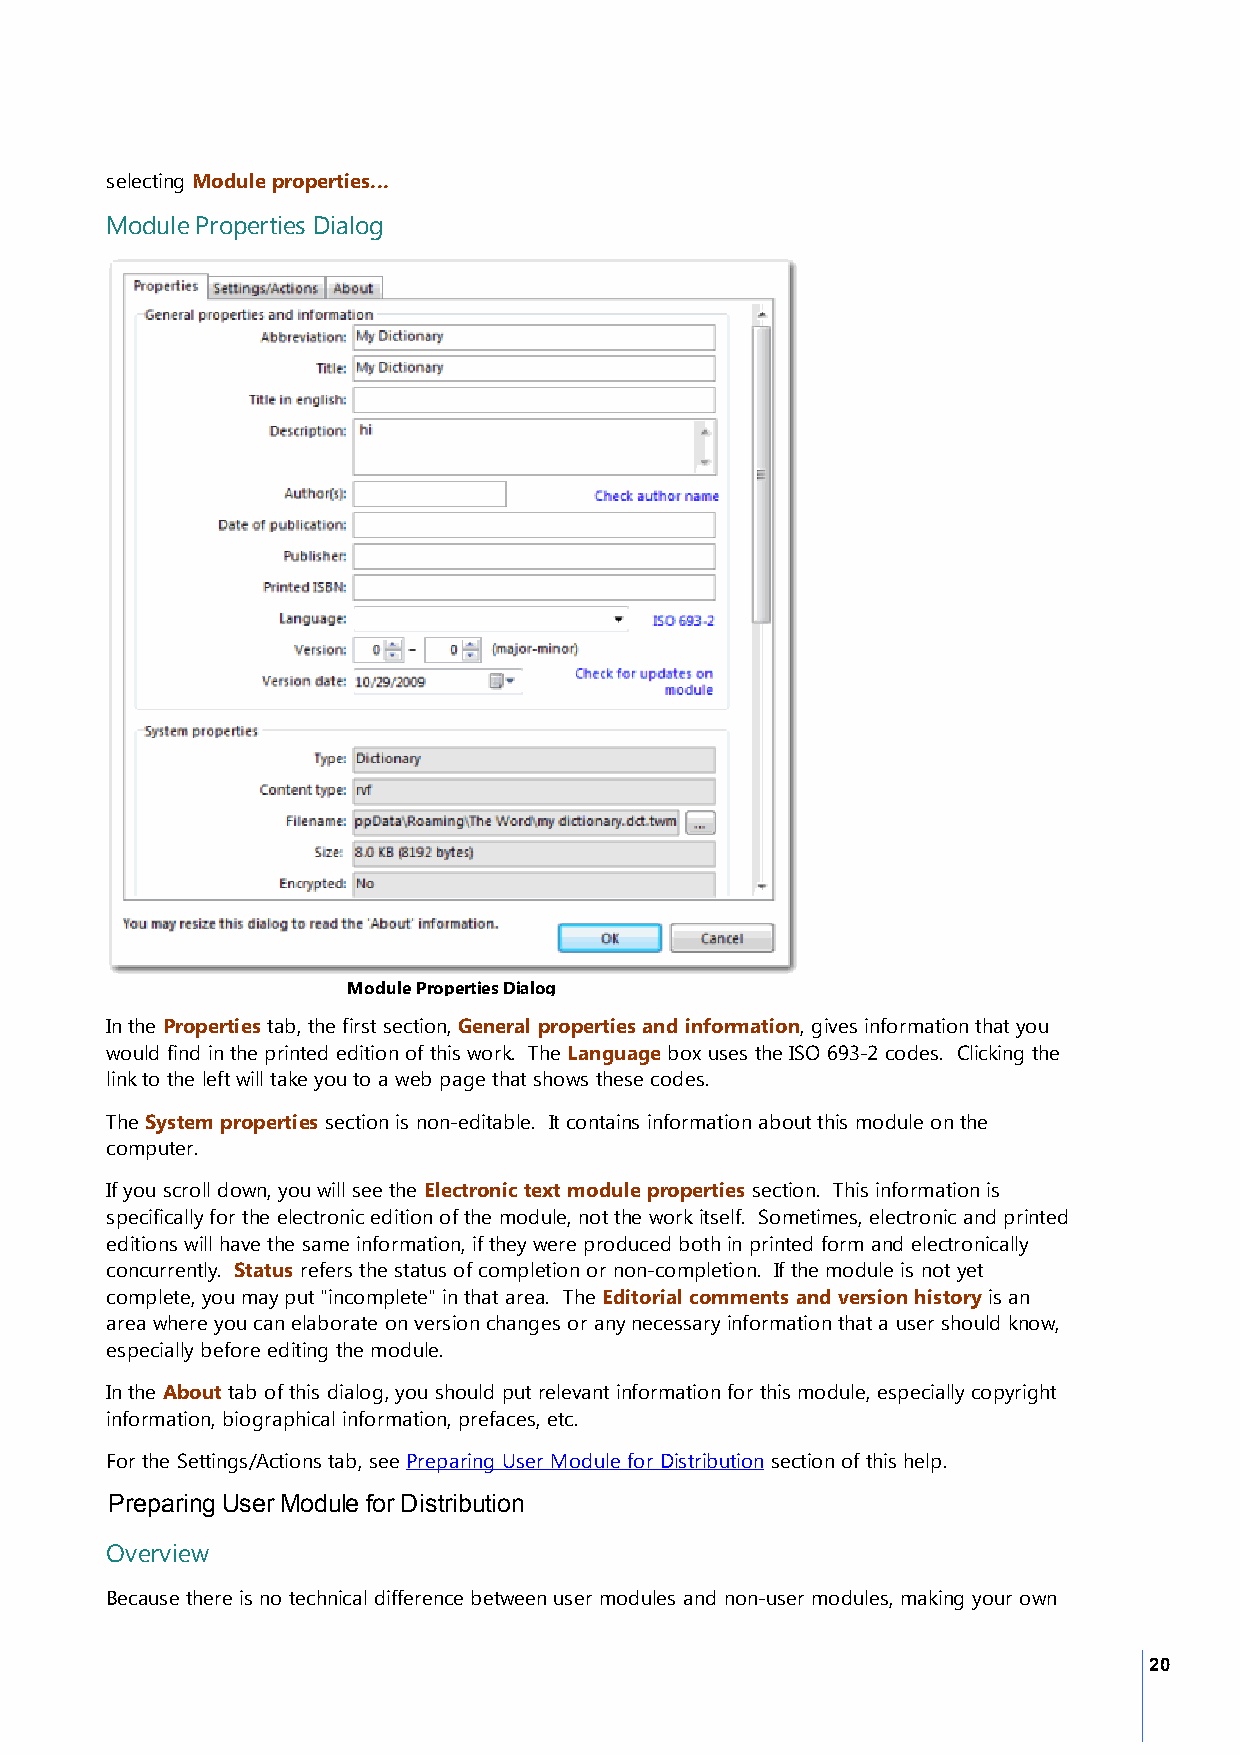
selecting Module properties...
 Module Properties Dialog
 Module Properties Dialog
 In the Properties tab, the first section, General properties and information, gives information that you
 would find in the printed edition of this work. The Language box uses the ISO 693-2 codes. Clicking the
 link to the left will take you to a web page that shows these codes.
 The System properties section is non-editable. It contains information about this module on the
 computer.
 If you scroll down, you will see the Electronic text module properties section. This information is
 specifically for the electronic edition of the module, not the work itself. Sometimes, electronic and printed
 editions will have the same information, if they were produced both in printed form and electronically
 concurrently. Status refers the status of completion or non-completion. If the module is not yet
 complete, you may put "incomplete" in that area. The Editorial comments and version history is an
 area where you can elaborate on version changes or any necessary information that a user should know,
 especially before editing the module.
 In the About tab of this dialog, you should put relevant information for this module, especially copyright
 information, biographical information, prefaces, etc.
 For the Settings/Actions tab, see Preparing User Module for Distribution section of this help.
 Preparing User Module for Distribution
 Overview
 Because there is no technical difference between user modules and non-user modules, making your own
 20